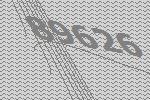
89626